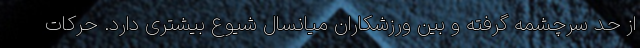
از حد سرچشمه گرفته و بین ورزشکاران میانسال شیوع بیشتری دارد. حرکات